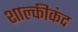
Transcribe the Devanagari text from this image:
शाल्कीकंद